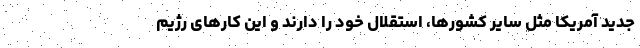
جدید آمریکا مثل سایر کشورها، استقلال خود را دارند و این کارهای رژیم